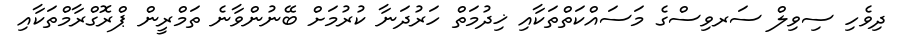
ދިވެހި ސިވިލް ސަރވިސްގެ މަސައްކަތްތަކާއި ޚިދުމަތް ހަރުދަނާ ކުރުމަށް ބޭނުންވާނެ ތަމްރީން ޕްރޮގްރާމްތަކާއި